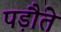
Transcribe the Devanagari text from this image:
पड़ौते